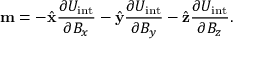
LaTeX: \mathbf { m } = - { \hat { \mathbf { x } } } { \frac { \partial U _ { \mathrm { { i n t } } } } { \partial B _ { x } } } - { \hat { \mathbf { y } } } { \frac { \partial U _ { \mathrm { { i n t } } } } { \partial B _ { y } } } - { \hat { \mathbf { z } } } { \frac { \partial U _ { \mathrm { { i n t } } } } { \partial B _ { z } } } .